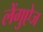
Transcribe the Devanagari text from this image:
लेंगुऐज